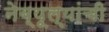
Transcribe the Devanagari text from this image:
नेब्यूल्यांची